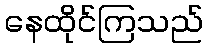
နေထိုင်ကြသည်